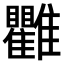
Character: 𩁯